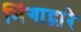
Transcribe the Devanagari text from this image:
भिंगाद्वारे